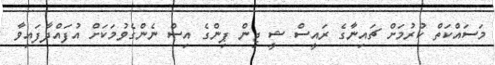
މަސައްކަތް ކުރުމަށް ޗައިނާގެ ރައީސް ޝީ ޖިން ޕިންގެ އިސް ނެންގެވުމަކަށް އުފައްދާފައިވާ